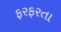
ફરફરતા